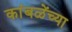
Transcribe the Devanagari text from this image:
कांबळेंच्या